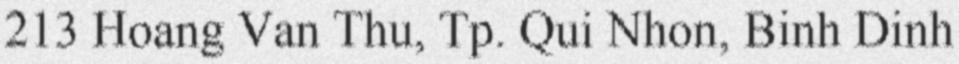
213 Hoang Van Thu, Tp. Qui Nhon, Binh Dinh